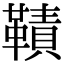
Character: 𩌪